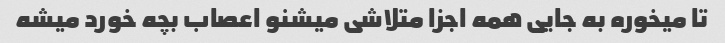
تا میخوره به جایی همه اجزا متلاشی میشنو اعصاب بچه خورد میشه